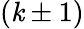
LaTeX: (\mathit{k}\pm1)